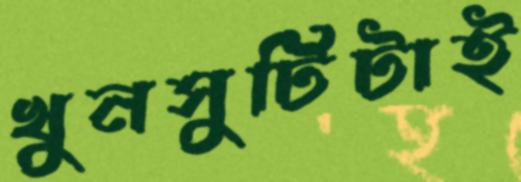
খুনসুটিটাই